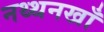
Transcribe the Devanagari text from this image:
नथ्थनखाँ